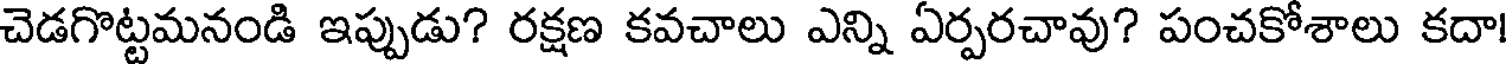
చెడగొట్టమనండి ఇప్పుడు? రక్షణ కవచాలు ఎన్ని ఏర్పరచావు? పంచకోశాలు కదా